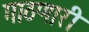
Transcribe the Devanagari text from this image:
गाठणारी